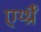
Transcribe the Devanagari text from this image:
एर्य्थ्रैँ